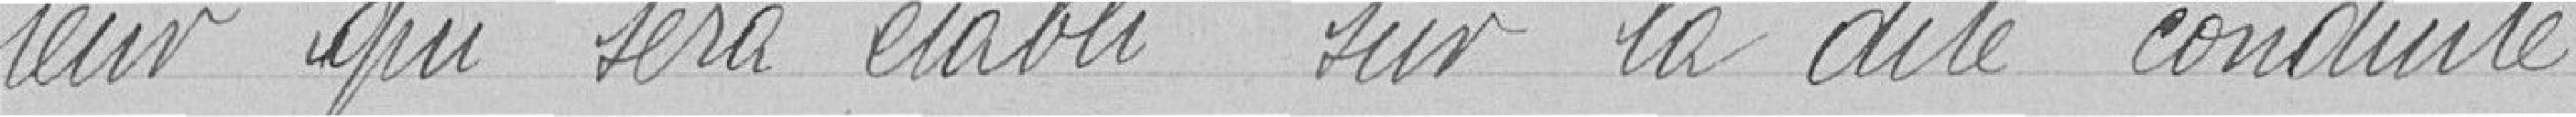
teur qui sera établi sur la dite conduite.